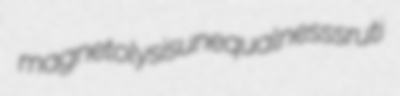
magnetolysis unequalness sruti